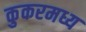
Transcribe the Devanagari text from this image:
कुकरमध्य